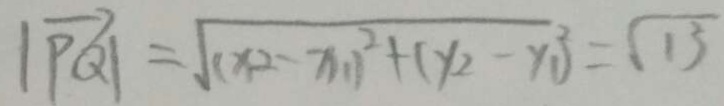
\vert \overrightarrow { P Q } \vert = \sqrt { ( x _ { 2 } - x _ { 1 } ) ^ { 2 } + ( y _ { 2 } - y _ { 1 } ) ^ { 2 } } = \sqrt { 1 3 }